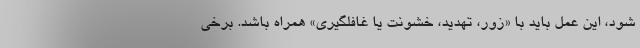
شود، این عمل باید با «زور، تهدید، خشونت یا غافلگیری» همراه باشد. برخی